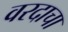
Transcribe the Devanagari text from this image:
वरदाचा